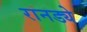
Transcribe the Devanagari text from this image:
रानड्ये